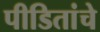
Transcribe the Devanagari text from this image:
पीडितांचे